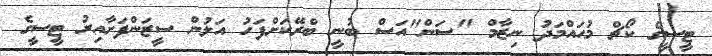
ޓީސީގެ ކޯޗް މުޙައްމަދު ނިޒާމް "ސަން"އަސް ބުނީ ބްރޭކަށްފަހު އަލުން ސީޒަންފަށާއިރު ޓީސީގެ